Indian journal of veterinary science and animal husbandry - Volumes 18-21, 1948-1951
Year: 1948
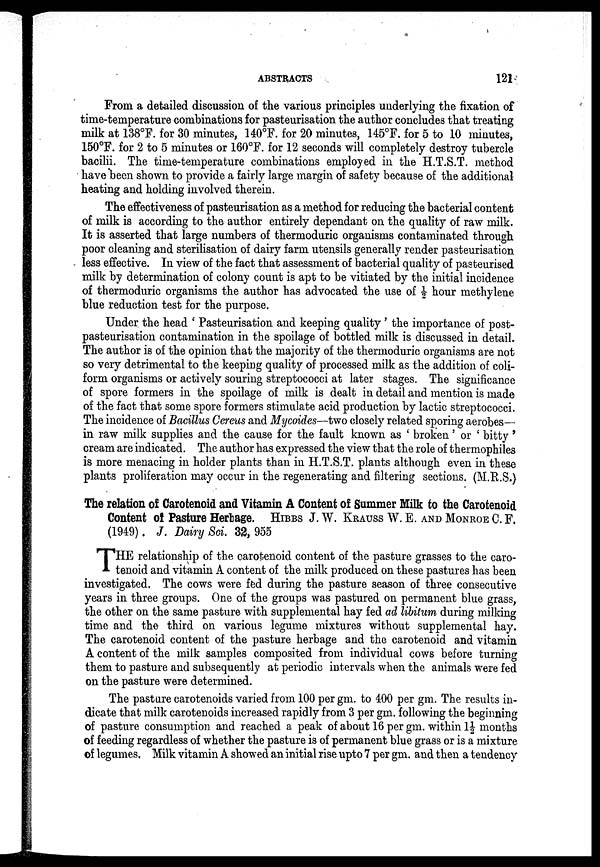
ABSTRACTS
121
From a detailed discussion of the various principles underlying the fixation of
time-temperature combinations for pasteurisation the author concludes that treating
milk at 138°F. for 30 minutes, 140°F. for 20 minutes, 145°F. for 5 to 10 minutes,
150°F. for 2 to 5 minutes or 160°F. for 12 seconds will completely destroy tubercle
bacilii. The time-temperature combinations employed in the H.T.S.T. method
have been shown to provide a fairly large margin of safety because of the additional
heating and holding involved therein.
The effectiveness of pasteurisation as a method for reducing the bacterial content
of milk is according to the author entirely dependant on the quality of raw milk.
It is asserted that large numbers of thermoduric organisms contaminated through
poor cleaning and sterilisation of dairy farm utensils generally render pasteurisation
less effective. In view of the fact that assessment of bacterial quality of pasteurised
milk by determination of colony count is apt to be vitiated by the initial incidence
of thermoduric organisms the author has advocated the use of ½ hour methylene
blue reduction test for the purpose.
Under the head ' Pasteurisation and keeping quality ' the importance of post-
pasteurisation contamination in the spoilage of bottled milk is discussed in detail.
The author is of the opinion that the majority of the thermoduric organisms are not
so very detrimental to the keeping quality of processed milk as the addition of coli-
form organisms or actively souring streptococci at later stages. The significance
of spore formers in the spoilage of milk is dealt in detail and mention is made
of the fact that some spore formers stimulate acid production by lactic streptococci.
The incidence of Bacillus Cereus and Mycoides—two closely related sporing aerobes—
in raw milk supplies and the cause for the fault known as ' broken' or ' bitty '
cream are indicated. The author has expressed the view that the role of thermophiles
is more menacing in holder plants than in H.T.S.T. plants although even in these
plants proliferation may occur in the regenerating and filtering sections. (M.R.S.)
The relation of Carotenoid and Vitamin A Content of Summer Milk to the Carotenoid
Content of Pasture Herbage. HIBBS J. W. KRAUSS W. E. AND MONROE C. F.
(1949). J. Dairy Sci. 32, 955
T HE relationship of the carotenoid content of the pasture grasses to the caro-
tenoid and vitamin A content of the milk produced on these pastures has been
investigated. The cows were fed during the pasture season of three consecutive
years in three groups. One of the groups was pastured on permanent blue grass,
the other on the same pasture with supplemental hay fed ad libitum during milking
time and the third on various legume mixtures without supplemental hay.
The carotenoid content of the pasture herbage and the carotenoid and vitamin
A content of the milk samples composited from individual cows before turning
them to pasture and subsequently at periodic intervals when the animals were fed
on the pasture were determined.
The pasture carotenoids varied from 100 per gm. to 400 per gm. The results in-
dicate that milk carotenoids increased rapidly from 3 per gm. following the beginning
of pasture consumption and reached a peak of about 16 per gm. within 1½ months
of feeding regardless of whether the pasture is of permanent blue grass or is a mixture
of legumes. Milk vitamin A showed an initial rise upto 7 per gm. and then a tendency